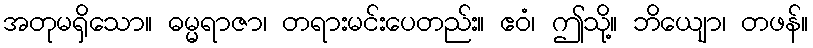
အတုမရှိသော။ ဓမ္မရာဇာ၊ တရားမင်းပေတည်း။ ဧဝံ၊ ဤသို့။ ဘိယျော၊ တဖန်။